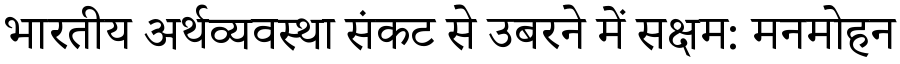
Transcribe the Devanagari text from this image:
भारतीय अर्थव्यवस्था संकट से उबरने में सक्षम: मनमोहन